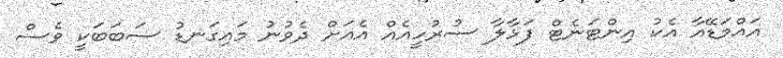
އައްމަޑޭއާ އެކު އިންޓަނެޓް ފަޅާލާ ސުރުހީއެއް އެއަށް ދެވުނު މައިގަނޑު ސަބަބަކީ ވެސް